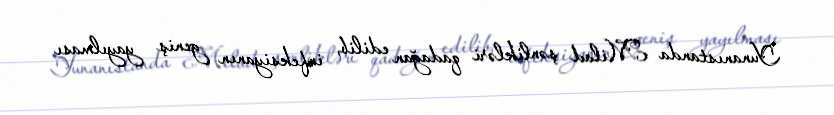
Yunanıstanda Milad şənlikləri qadağan edilib, infeksiyanın geniş yayılması